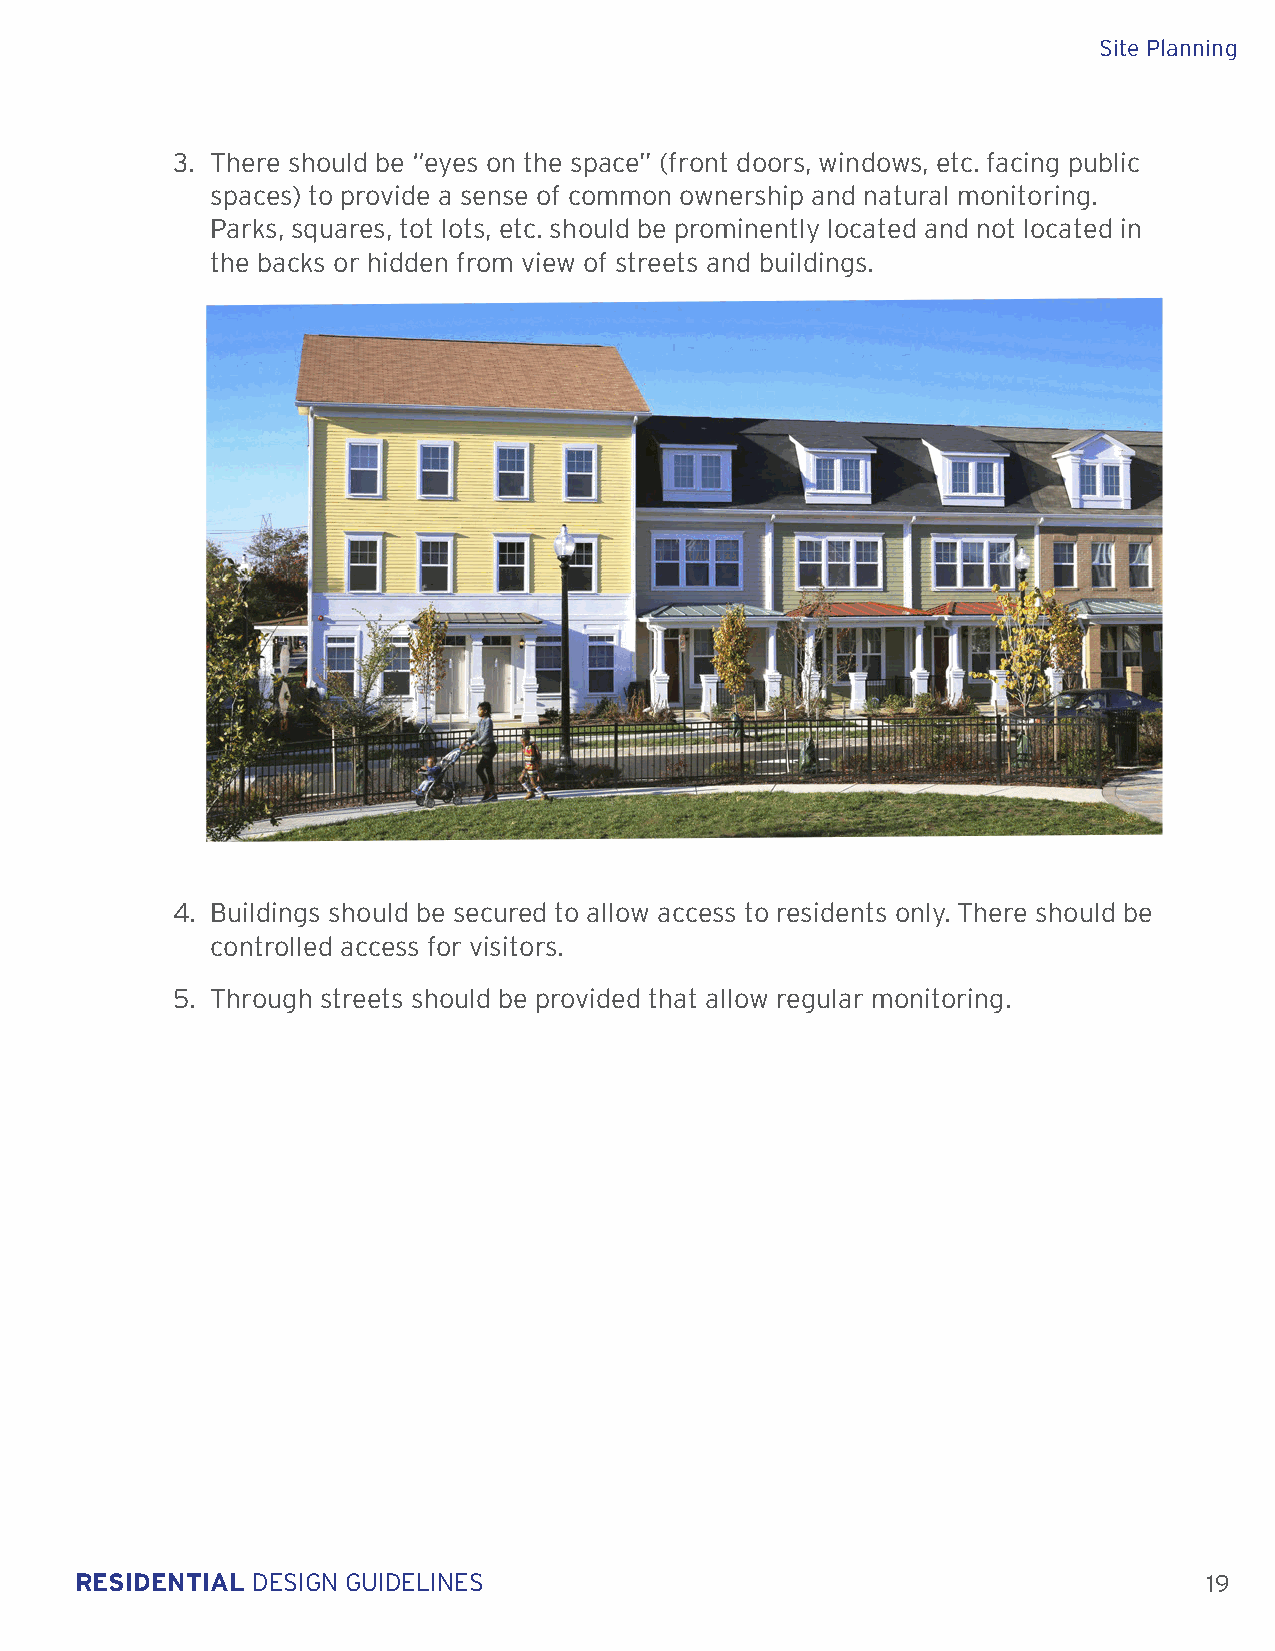
Site Planning
 3. There should be “eyes on the space” (front doors, windows, etc. facing public
 spaces) to provide a sense of common ownership and natural monitoring.
 Parks, squares, tot lots, etc. should be prominently located and not located in
 the backs or hidden from view of streets and buildings.
 4. Buildings should be secured to allow access to residents only. There should be
 controlled access for visitors.
 5. Through streets should be provided that allow regular monitoring.
 RESIDENTIAL DESIGN GUIDELINES                                              19